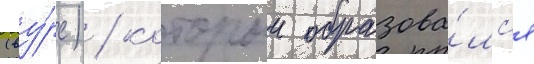
(ву́рс) / которыи образова́лс'я